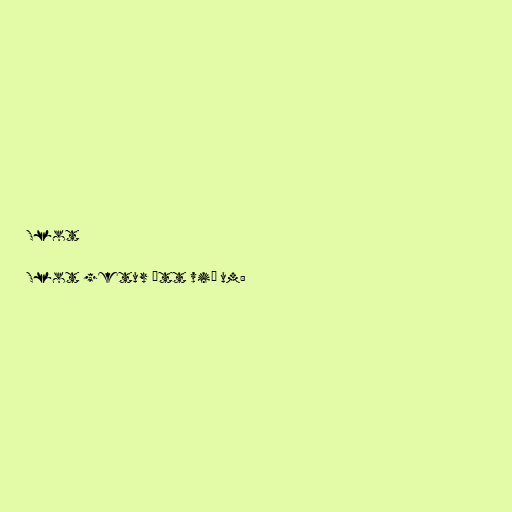
Slot

Slot getur átt við um: